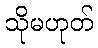
သိုမဟုတ်